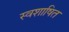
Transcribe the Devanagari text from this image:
स्वशाषित